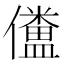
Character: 𠐹